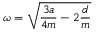
\omega = \sqrt { \frac { 3 a } { 4 m } - 2 \frac { d } { m } }